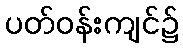
ပတ်ဝန်းကျင်၌